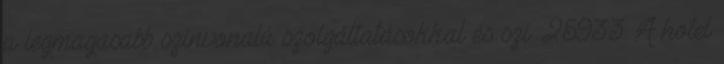
a legmagasabb színvonalú szolgáltatásokkal és szi. 25933 A hotel